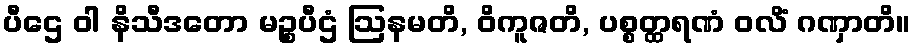
ပီဌေ ဝါ နိသီဒတော မဉ္စပီဌံ ဩနမတိ, ဝိကူဇတိ, ပစ္စတ္ထရဏံ ဝလိံ ဂဏှာတိ။